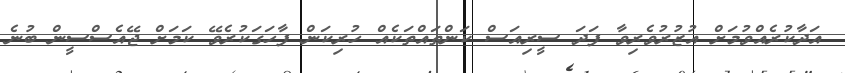
އަދާކުރެއްވުމަށް އުޒުރުވެރިވާ ފަދަ ސީރިއަސް ކަންތައްތަކެއް ހުރިކަން ފާހަގަކުރެވޭ ކަމަށް ޖޭއެސްސީން ބުނެ